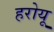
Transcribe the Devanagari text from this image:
हरोयू